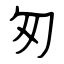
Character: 匆